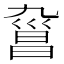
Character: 𣉑